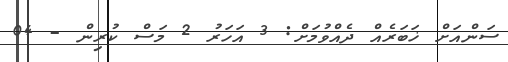
ސަންއަށް ޚަބަރެއް ދެއްވުމަށް: 3 އަހަރު 2 މަސް ކުރިން - 04